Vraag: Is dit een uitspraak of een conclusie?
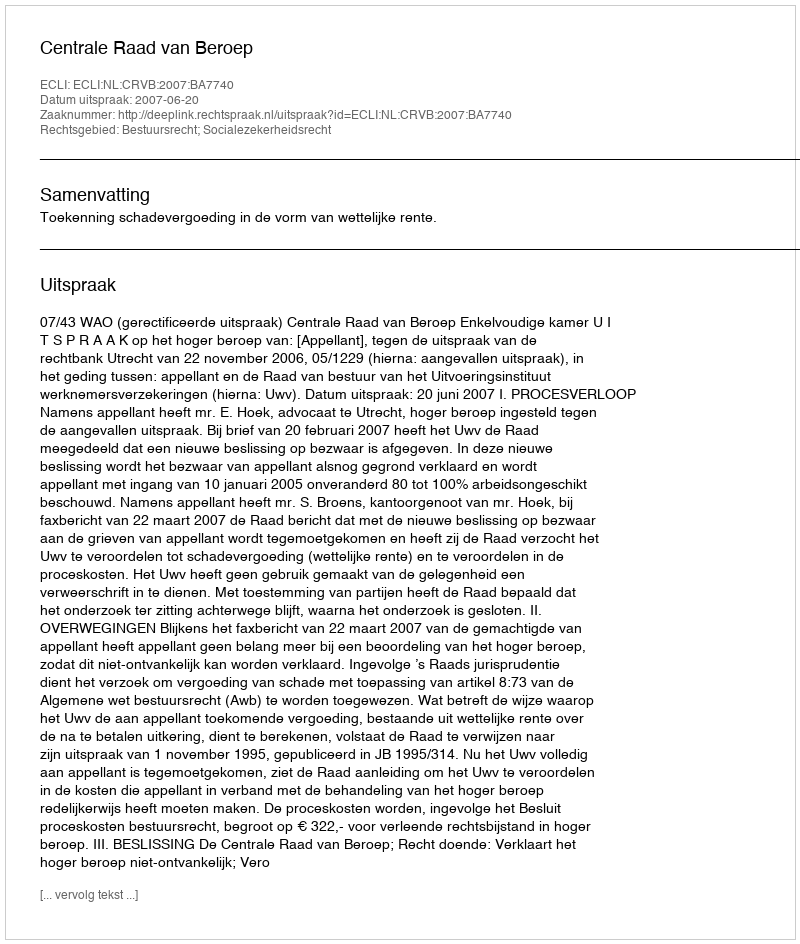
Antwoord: Uitspraak